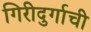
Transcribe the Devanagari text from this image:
गिरीदुर्गाची